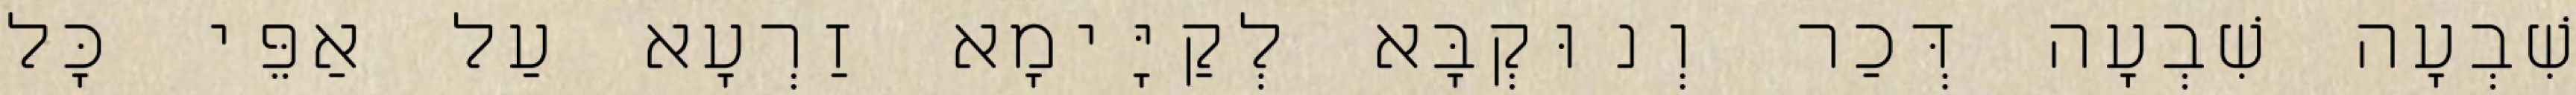
שִׁבְעָה שִׁבְעָה דְּכַר וְנוּקְבָּא לְקַיָּימָא זַרְעָא עַל אַפֵּי כָּל